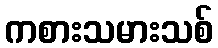
ကစားသမားသစ်